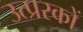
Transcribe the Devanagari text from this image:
उत्प्ररकों